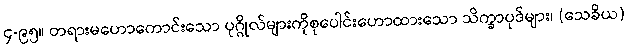
၄-၉၅။ တရားမဟောကောင်းသော ပုဂ္ဂိုလ်များကိုစုပေါင်းဟောထားသော သိက္ခာပုဒ်များ၊ (သေခိယ)